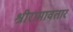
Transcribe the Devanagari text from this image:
श्रीरामावतार